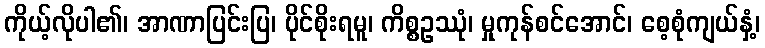
ကိုယ့်လိုပါ၏၊ အာဏာပြင်းပြ၊ ပိုင်စိုးရမူ၊ ကိစ္စဥဿုံ၊ မှုကုန်စင်အောင်၊ စေ့စုံကျယ်နှံ့၊